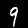
Label: 9